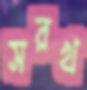
সরখ